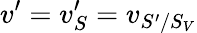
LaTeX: v^{\prime}=v_{S}^{\prime}=v_{S^{\prime}/S_{V}}